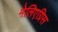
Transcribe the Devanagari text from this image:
मेलिएग्रिस